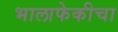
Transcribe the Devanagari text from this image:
भालाफेकीचा